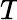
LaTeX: \textit{T}